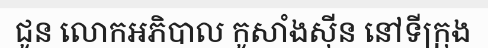
ជូន លោកអភិបាល កូសាំងស៊ីន នៅទីក្រុង